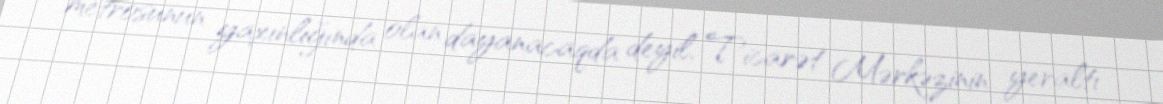
metrosunun yaxınlığında olan dayanacaqda deyil, Ticarət Mərkəzinin yeraltı